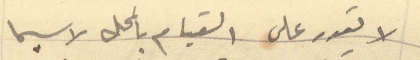
لا يقدر على القيام بالمحل لا سيما